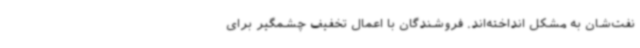
نفت‌شان به مشکل انداخته‌اند. فروشندگان با اعمال تخفیف چشمگیر برای